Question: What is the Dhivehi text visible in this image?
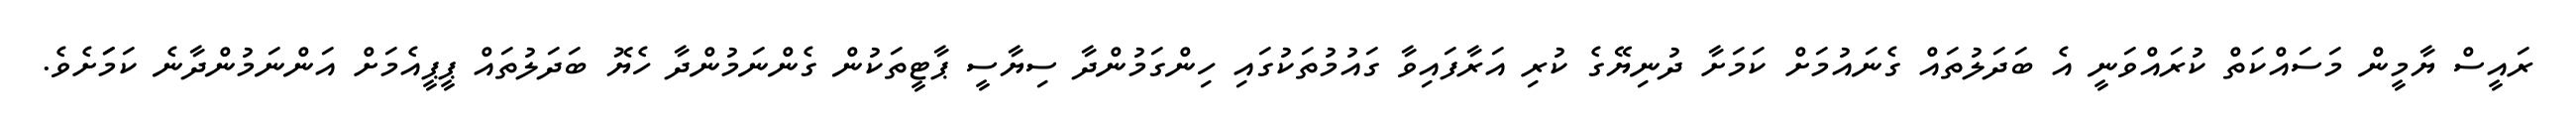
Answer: ރައީސް ޔާމީން މަސައްކަތް ކުރައްވަނީ އެ ބަދަލުތައް ގެނައުމަށް ކަމަށާ ދުނިޔޭގެ ކުރި އަރާފައިވާ ގައުމުތަކުގައި ހިންގަމުންދާ ސިޔާސީ ޕާޓީތަކުން ގެންނަމުންދާ ހެޔޮ ބަދަލުތައް ޕީޕީއެމަށް އަންނަމުންދާނެ ކަމަަށެވެ.